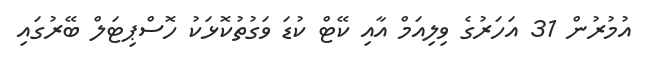
އުމުރުން 31 އަހަރުގެ ވިލިއަމް އާއި ކޭޓް ކުޑަ ވަގުތުކޮޅަކު ހޮސްޕިޓަލް ބޭރުގައި